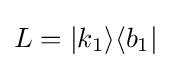
L=|k_{1}\rangle \langle b_{1}|